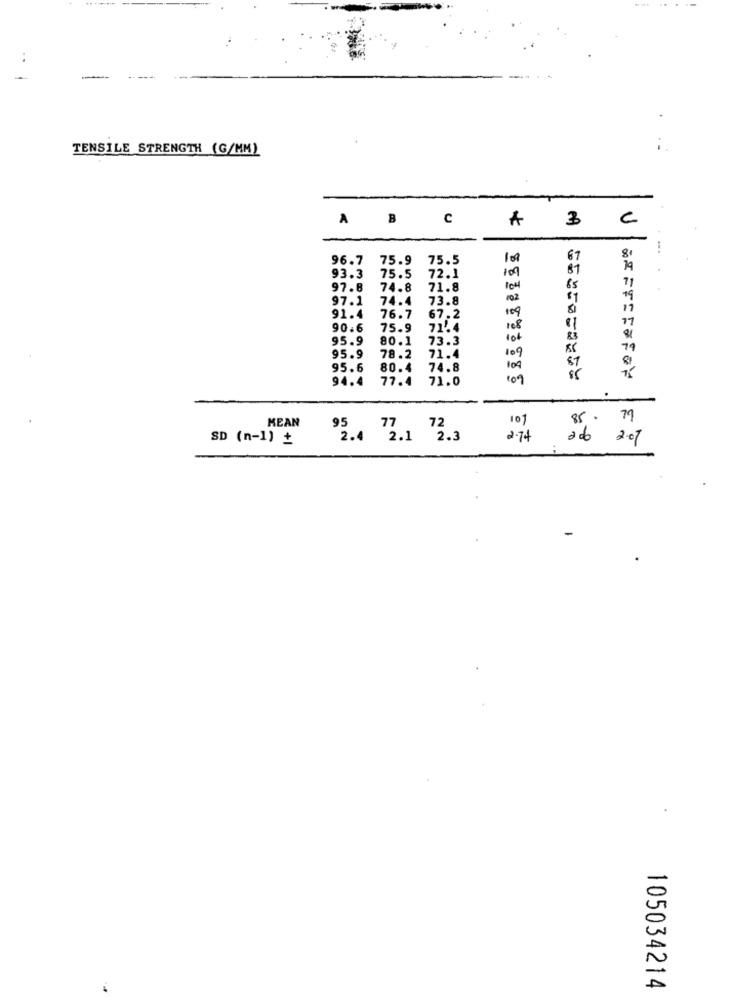
..
-
TENSILE STRENGTH (G/MM)
A
B
C
3
c
...
96.7
75.9 75.5
67
72.1
109
87
93.3
75.5
97.8
74.8
71.8
104
65
97.1
74.4
73.8
102
109
91.4
76.7
67.2
77
90.6
75.9
71 .. 4
108
95.9
80.1
73.3
10+
83
109
79
95.9
78.2
71.4
87
95.6
80.4
74.8
104
94.4
77.4
71.0
109
MEAN
85.
95
72
101
SD (n-1) +
2.4 2.1
2.74
ado 2.07
105034214